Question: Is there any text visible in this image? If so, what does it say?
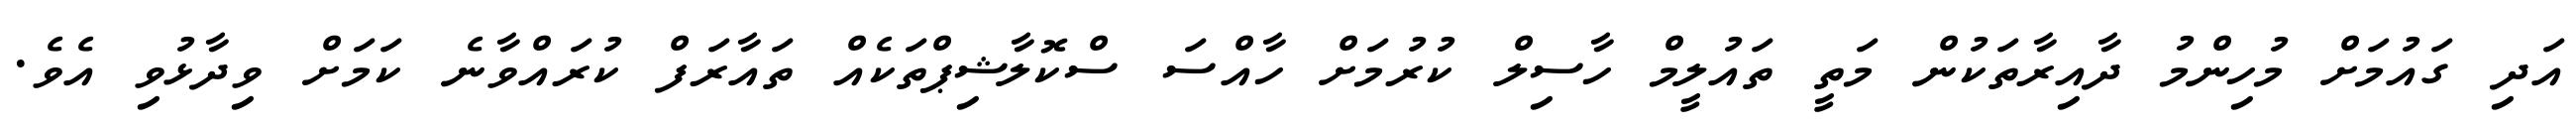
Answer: އަދި ގައުމަށް މުހިންމު ދާއިރާތަކުން މަތީ ތައުލީމް ހާސިލް ކުރުމަށް ހާއްސަ ސްކޮލާޝިޕްތަކެއް ތައާރަފް ކުރައްވާނެ ކަމަށް ވިދާޅުވި އެވެ.